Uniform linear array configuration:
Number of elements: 48
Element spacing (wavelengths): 0.75
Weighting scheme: cosine
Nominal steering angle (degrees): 60
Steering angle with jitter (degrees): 59.497
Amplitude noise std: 0.05
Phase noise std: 0.05

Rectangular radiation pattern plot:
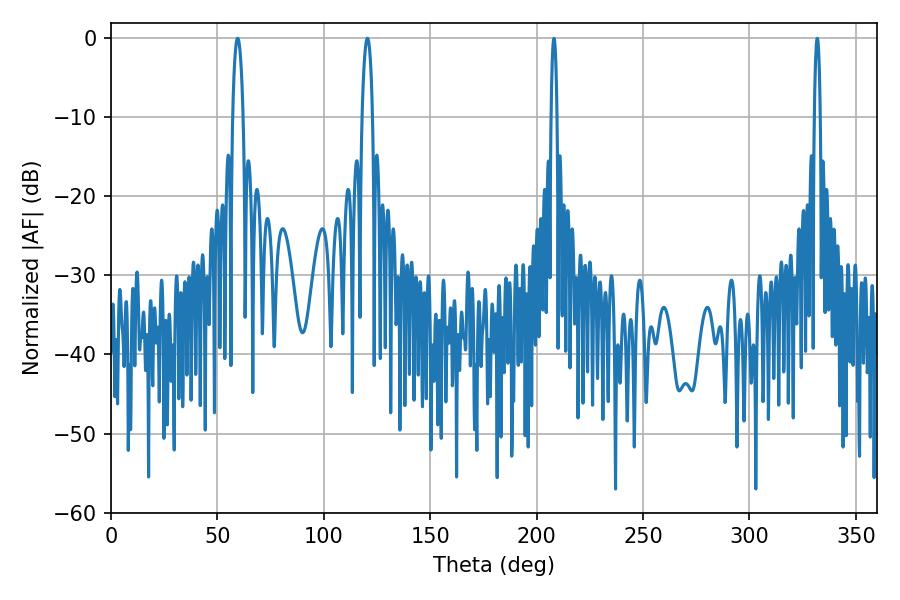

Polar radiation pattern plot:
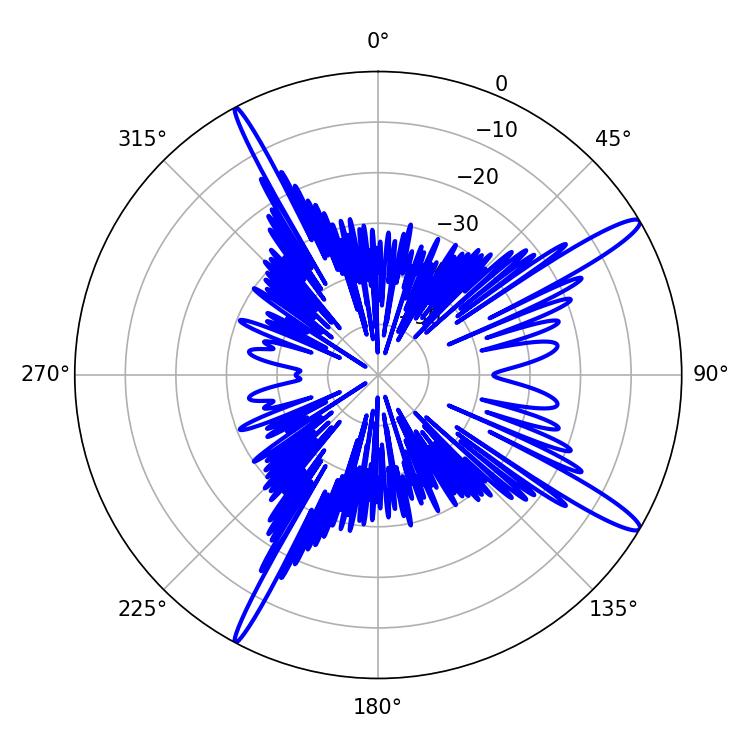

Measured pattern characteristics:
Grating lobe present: TRUE
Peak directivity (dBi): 14.848
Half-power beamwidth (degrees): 2.7
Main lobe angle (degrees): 120.42